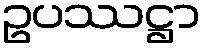
ဥပဿဋ္ဌာ